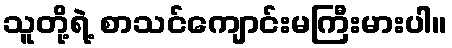
သူတို့ရဲ့ စာသင်ကျောင်းမကြီးမားပါ။